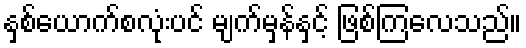
နှစ်ယောက်စလုံးပင် မျက်မှန်နှင့် ဖြစ်ကြလေသည်။